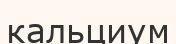
кальциум